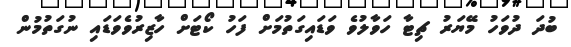
ބުދަ ދުވަހު މޭޔަރު ޗިޓާ ހަވާލުވެ ވަޑައިގަތުމަށް ފަހު ކޯޓަށް ހާޒިރުވެވަޑައި ނުގަތުމުން